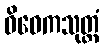
ဝိဝေကသုတ္တံ